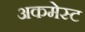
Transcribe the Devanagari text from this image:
अकमेस्ट